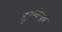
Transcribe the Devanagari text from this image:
मूल्योन्मुख